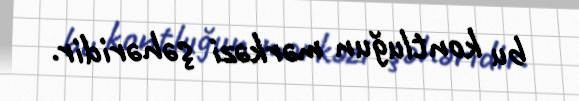
bu kontluğun mərkəzi şəhəridir.